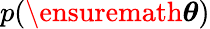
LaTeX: p(\ensuremath{\boldsymbol{\theta}})